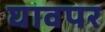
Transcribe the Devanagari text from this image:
घावपर